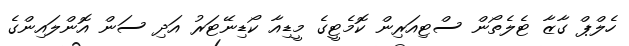
ހެލްޕް ގާޒާ ޓެލެތޯން ސްޓިއަރިން ކޮމެޓީގެ މީޑިއާ ކޯޑިނޭޓަރު އަދި ސަން އޮންލައިންގެ